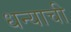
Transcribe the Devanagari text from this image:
धन्याची